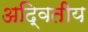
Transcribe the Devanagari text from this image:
अदि्वतीय